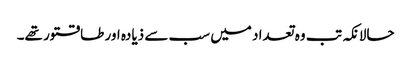
حالانکہ تب وہ تعداد میں سب سے ذیادہ اور طاقتور تھے۔